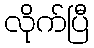
လိုက်ပြီ